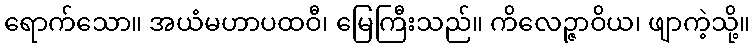
ရောက်သော။ အယံမဟာပထဝီ၊ မြေကြီးသည်။ ကိလေဉ္ဇာဝိယ၊ ဖျာကဲ့သို့။